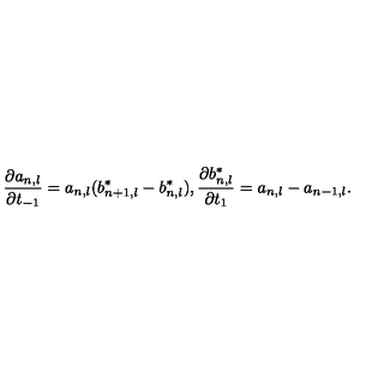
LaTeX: \frac { \partial a _ { n , l } } { \partial t _ { - 1 } } = a _ { n , l } ( b _ { n + 1 , l } ^ { * } - b _ { n , l } ^ { * } ) , \frac { \partial b _ { n , l } ^ { * } } { \partial t _ { 1 } } = a _ { n , l } - a _ { n - 1 , l } .